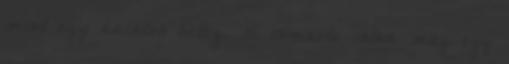
mint egy halálos beteg. Ki ismerte volna meg egy